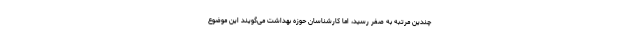
چندین مرتبه به صفر رسید، اما کارشناسان حوزه بهداشت می‌گویند این موضوع